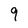
Character: 9